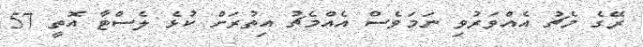
ރޭގެ މެޗު އެއްވަރުވި ނަމަވެސް އެއްމެޗު އިތުރަށް ކުޅެ ލެސްޓާ އޮތީ 57